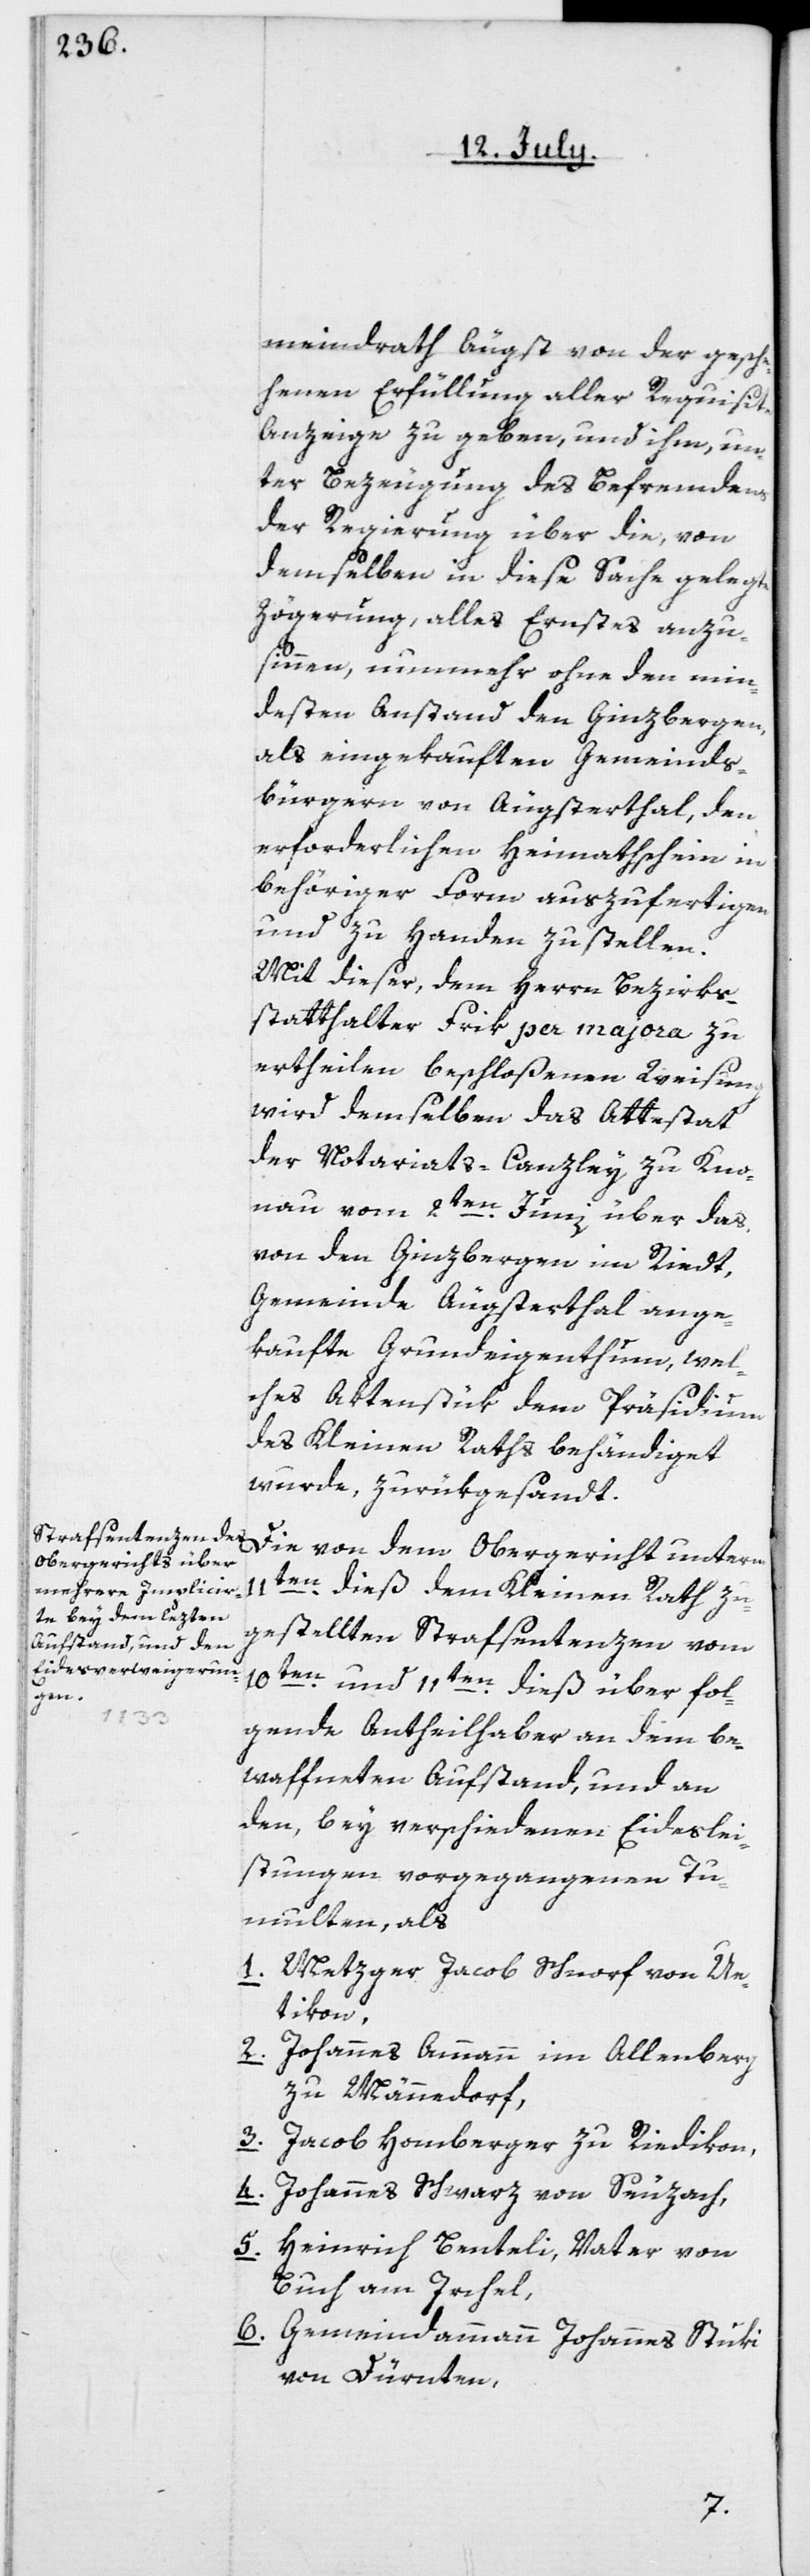
meindrath Äugst von der gesche¬
henen Erfüllung aller Requisite
Anzeige zu geben, und ihm, un¬
ter Bezeugung des Befremdens
der Regierung über die, von
demselben in diese Sache gelegte
Zögerung, alles Ernstes anzu¬
sinnen, nunmehr ohne den min¬
desten Anstand den Ginzbergen,
als eingekauften Gemeinds¬
bürgern von Äugsterthal, den
erforderlichen Heimathschein in
behöriger Form auszufertigen
und zu Handen zu stellen.
Mit dieser, dem Herrn Bezirks¬
statthalter Frik per majora zu
ertheilen beschloßenen Weisung
wird demselben das Attestat
der Notariats-Canzley zu Kno¬
nau vom 2ten Junii über das
von den Ginzbergen im Riedt,
Gemeinde Äugsterthal ange¬
kaufte Grundeigenthum, wel¬
ches Aktenstük dem Präsidium
des Kleinen Raths behändiget
wurde, zurükgesandt.
Obergericht unterm
11ten dieß dem Kleinen Rath zu¬
gestellten Strafsentenzen vom
10ten und 11ten dieß über fol¬
von
gende Antheilhaber an dem be¬
waffneten Aufstand, und an
den, bey verschiedenen Eideslei¬
stungen vorgegangenen Tu¬
multen, als
1. Metzger Jacob Schnorf von Ue¬
tikon,
2. Johannes Ammann im Allenberg
zu Männedorf,
3. Jacob Homberger zu Riedikon,
4. Johannes Schwarz von Seuzach,
Heinrich Benteli Vater, von
5.
Buch am Irchel,
6. Gemeindeammann Johannes Stuki
von Dürnten,